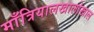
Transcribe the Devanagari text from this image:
माँत्रियालखालोखाल